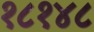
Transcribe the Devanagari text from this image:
१८१४८